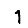
Digit: 1